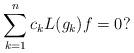
LaTeX: \begin{align*} \sum_{k=1}^n c_k L(g_k) f = 0?\end{align*}